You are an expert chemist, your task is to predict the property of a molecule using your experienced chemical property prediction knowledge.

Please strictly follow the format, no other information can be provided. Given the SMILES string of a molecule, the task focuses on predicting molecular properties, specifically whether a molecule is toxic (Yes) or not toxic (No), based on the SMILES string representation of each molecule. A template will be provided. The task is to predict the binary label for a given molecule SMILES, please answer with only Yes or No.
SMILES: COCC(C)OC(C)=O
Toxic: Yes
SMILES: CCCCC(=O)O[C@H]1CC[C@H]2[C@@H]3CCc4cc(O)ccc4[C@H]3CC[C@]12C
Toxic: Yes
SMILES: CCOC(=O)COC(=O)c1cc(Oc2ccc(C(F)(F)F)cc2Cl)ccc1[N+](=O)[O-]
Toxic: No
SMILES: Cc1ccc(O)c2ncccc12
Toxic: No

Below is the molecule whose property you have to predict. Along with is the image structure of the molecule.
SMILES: CC(C)(C)c1cccc(O)c1
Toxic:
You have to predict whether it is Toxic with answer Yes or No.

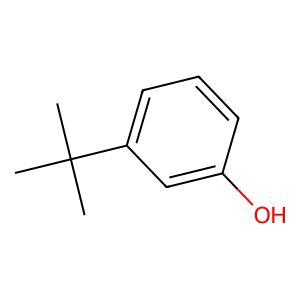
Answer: No